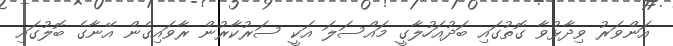
އަންވަރު ވިދާޅުވާ ގޮތުގައި ބަދުއަހުލާގީ މައްސަލަ އަކީ ސަރުކާރުން ރާވައިގެން އޭނާގެ ބޮލުގައި